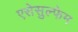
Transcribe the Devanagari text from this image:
एसेसुल्फेम